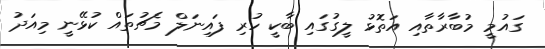
ގައުމީ މުބާރާތާއި އަތޮޅު ލީގުގައި ބާކީ ހުރި ފައިނަލް މެޗުތައް ކުޅޭނީ މިއަދު